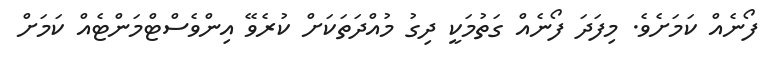
ފޯނެއް ކަމަށެވެ. މިފަދަ ފޯނެއް ގަތުމަކީ ދިގު މުއްދަތަކަށް ކުރެވޭ އިންވެސްޓްމަންޓެއް ކަމަށް